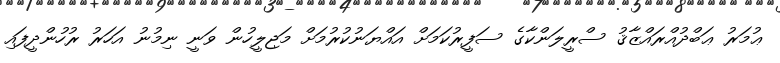
ޢުމަރު ޢަބްދުއްރައްޒާޤު ސްރީލަންކާގެ ސަފީރުކަމަށް އައްޔަނުކުރުމަށް މަޖިލީހުން ވަނީ ނިމުނު އަހަރު ރުހުންދީފައި